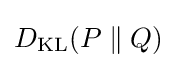
{\displaystyle D_{\text{KL}}(P\parallel Q)}